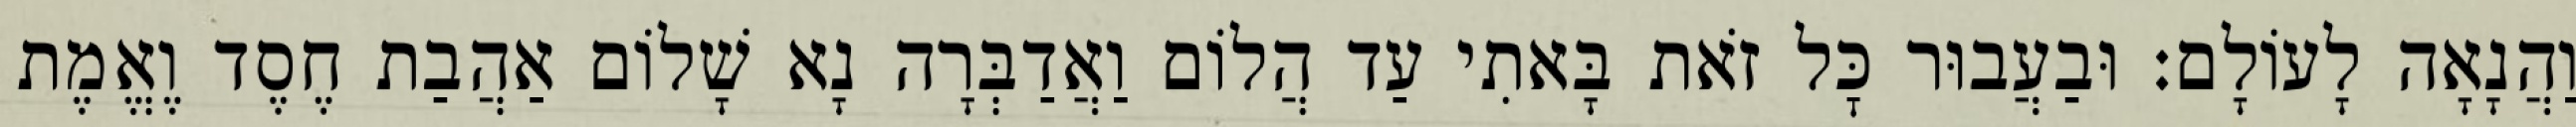
וַהֲנָאָה לָעוֹלָם: וּבַעֲבוּר כׇּל זֹאת בָּאתִי עַד הֲלוֹם וַאֲדַבְּרָה נָא שָׁלוֹם אַהֲבַת חֶסֶד וֶאֱמֶת